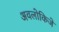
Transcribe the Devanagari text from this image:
अवलोकिजे